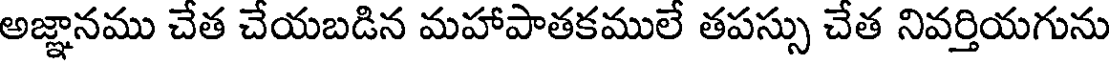
అజ్ఞానము చేత చేయబడిన మహాపాతకములే తపస్సు చేత నివర్తియగును